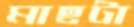
মাছটা